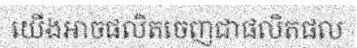
យើងអាចផលិតចេញជាផលិតផល